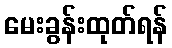
မေးခွန်းထုတ်ရန်